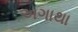
અગાથા